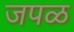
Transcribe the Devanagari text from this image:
जपळ